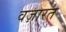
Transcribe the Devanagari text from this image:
वज़ारत